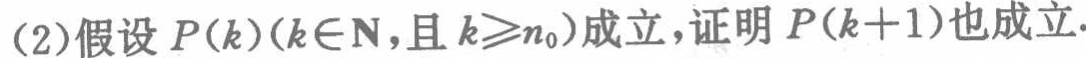
(2)假设 \(P(k)(k\in\mathbb{N},\)且 \(k\geqslant n_0)\)成立，证明 \(P(k + 1)\)也成立.